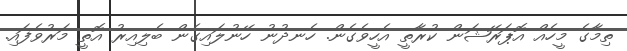
ތިމާގެ މީހެއް އޮޕަރޭޝަން ކުރާތީ އެހީވެގެން. ހެނދުނު ހޭނުލައިގެން ބެލިއިރު އޮތީ މަރުވެފައި.